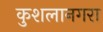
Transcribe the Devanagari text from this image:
कुशलानगरा